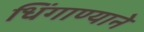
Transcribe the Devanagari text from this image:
धिंगाण्याने